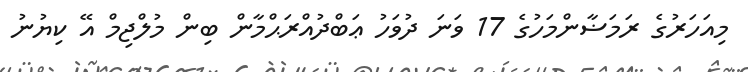
މިއަހަރުގެ ރަމަޟާންމަހުގެ 17 ވަނަ ދުވަހު ޢަބްދުއްރަޙްމާން ބިން މުލްޖިމް އޭ ކިޔުނު